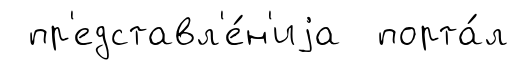
пр'едставл'е́н'иjа порта́л